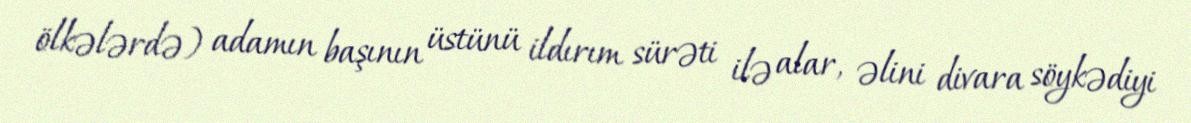
ölkələrdə) adamın başının üstünü ildırım sürəti ilə alar, əlini divara söykədiyi